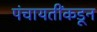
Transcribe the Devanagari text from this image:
पंचायतींकडून